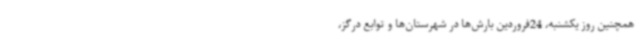
همچنین روز یکشنبه، 24فروردین بارش‌ها در شهرستان‌ها و توابع درگز،